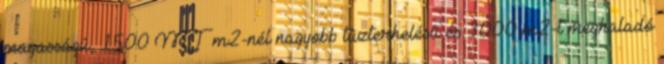
magasságú, 1500 MJ m2-nél nagyobb tûzterhelésû és 3000 m2-t meghaladó